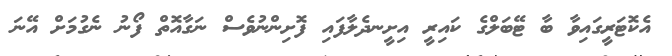
އެކޮޓަރީގައިވާ ބާ ޓޭބަލްގެ ކައިރީ އިށީނދެލާފައި ފޮށިންނުވެސް ނަގާއޮތް ފޯނު ނެގުމަށް އޭނަ